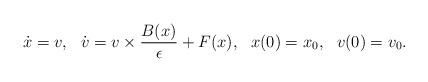
LaTeX: \begin{align*}\begin{aligned} \dot{x}=v,\ \ \dot{v}=v \times \frac{B(x)}{\epsilon} +F(x),\ \ x(0)=x_0,\ \ v(0)=v_0.\end{aligned}\end{align*}